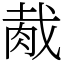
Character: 胾